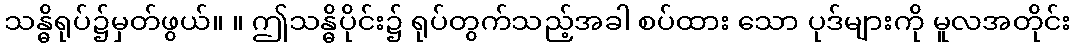
သန္ဓိရုပ်၌မှတ်ဖွယ်။ ။ ဤသန္ဓိပိုင်း၌ ရုပ်တွက်သည့်အခါ စပ်ထား သော ပုဒ်များကို မူလအတိုင်း